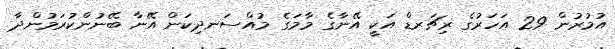
އުމުރުން 29 އަހަރުގެ ރިޗަރޑް އަކީ އޭނާގެ މާމަގެ މުއްސަނދިކަން އޭނާ ބޭނުންކުރަމުންދާ